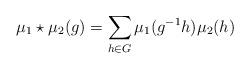
LaTeX: \begin{align*}\mu_1\star\mu_2(g)=\sum_{h\in G}\mu_1(g^{-1}h)\mu_2(h)\end{align*}